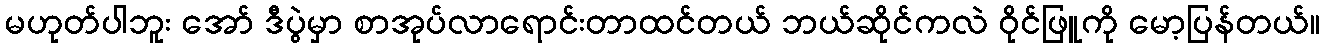
မဟုတ်ပါဘူး အော် ဒီပွဲမှာ စာအုပ်လာရောင်းတာထင်တယ် ဘယ်ဆိုင်ကလဲ ဝိုင်ဖြူကို မော့ပြန်တယ်။